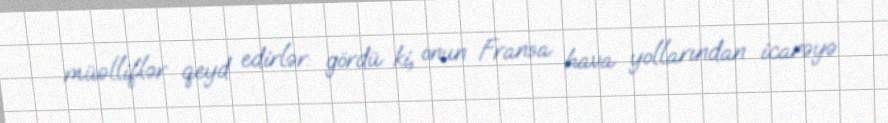
müəlliflər qeyd edirlər: gördü ki, onun Fransa hava yollarından icarəyə